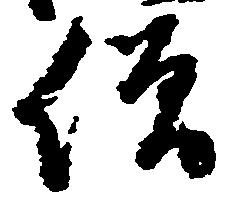
僧